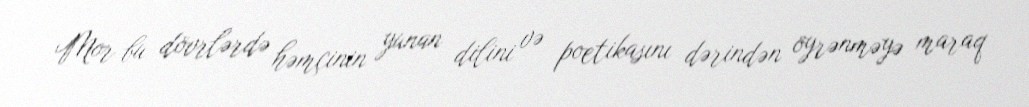
Mor bu dövrlərdə həmçinin yunan dilini və poetikasını dərindən öyrənməyə maraq